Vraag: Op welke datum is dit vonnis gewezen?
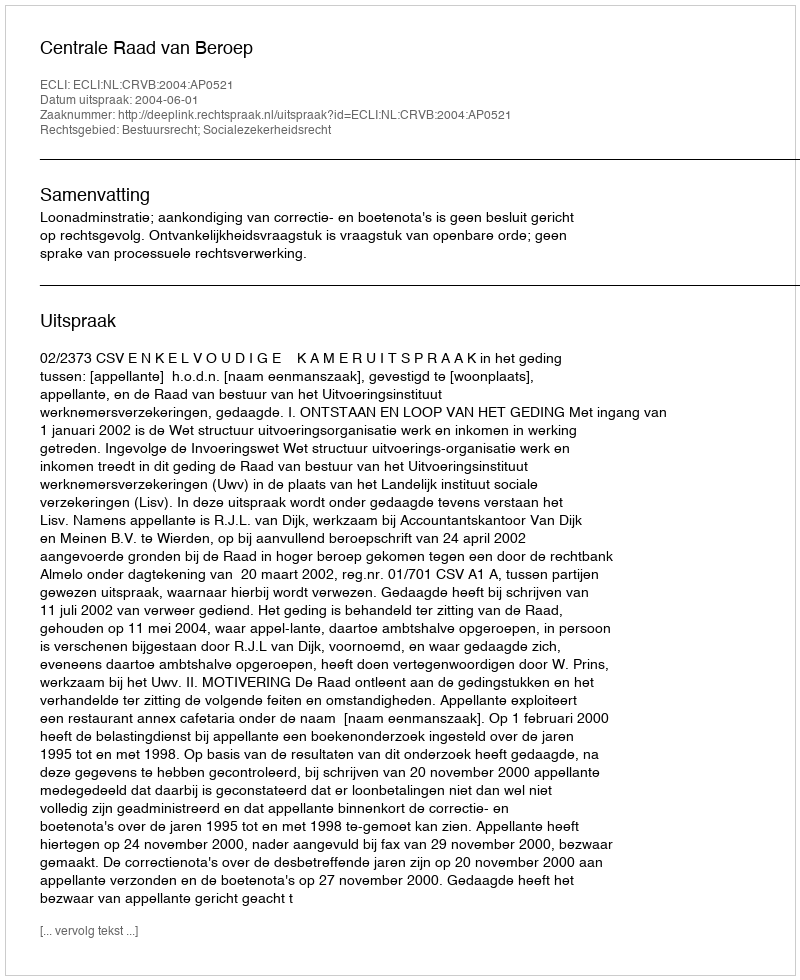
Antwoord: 2004-06-01